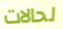
لحالات